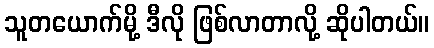
သူတယောက်မို့ ဒီလို ဖြစ်လာတာလို့ ဆိုပါတယ်။